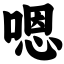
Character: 嗯